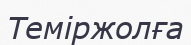
Теміржолға